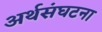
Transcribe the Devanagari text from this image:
अर्थसंघटना